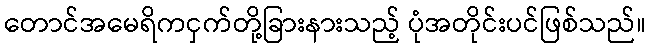
တောင်အမေရိကငှက်တို့ခြားနားသည့် ပုံအတိုင်းပင်ဖြစ်သည်။